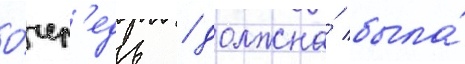
о́чер'едь / должна́ была́